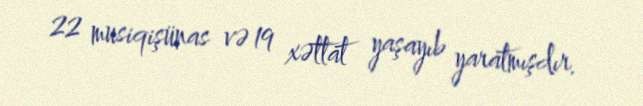
22 musiqişünas və 19 xəttat yaşayıb yaratmışdır.